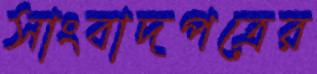
সাংবাদপত্রের